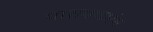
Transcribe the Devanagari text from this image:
पारायणारंभ